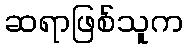
ဆရာဖြစ်သူက